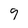
Character: 9